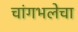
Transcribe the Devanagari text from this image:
चांगभलेचा